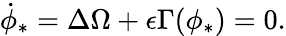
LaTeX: \dot{\phi}_{*}=\Delta\Omega+\epsilon\Gamma(\phi_{*})=0.